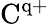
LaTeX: \mathrm{C^{q+}}